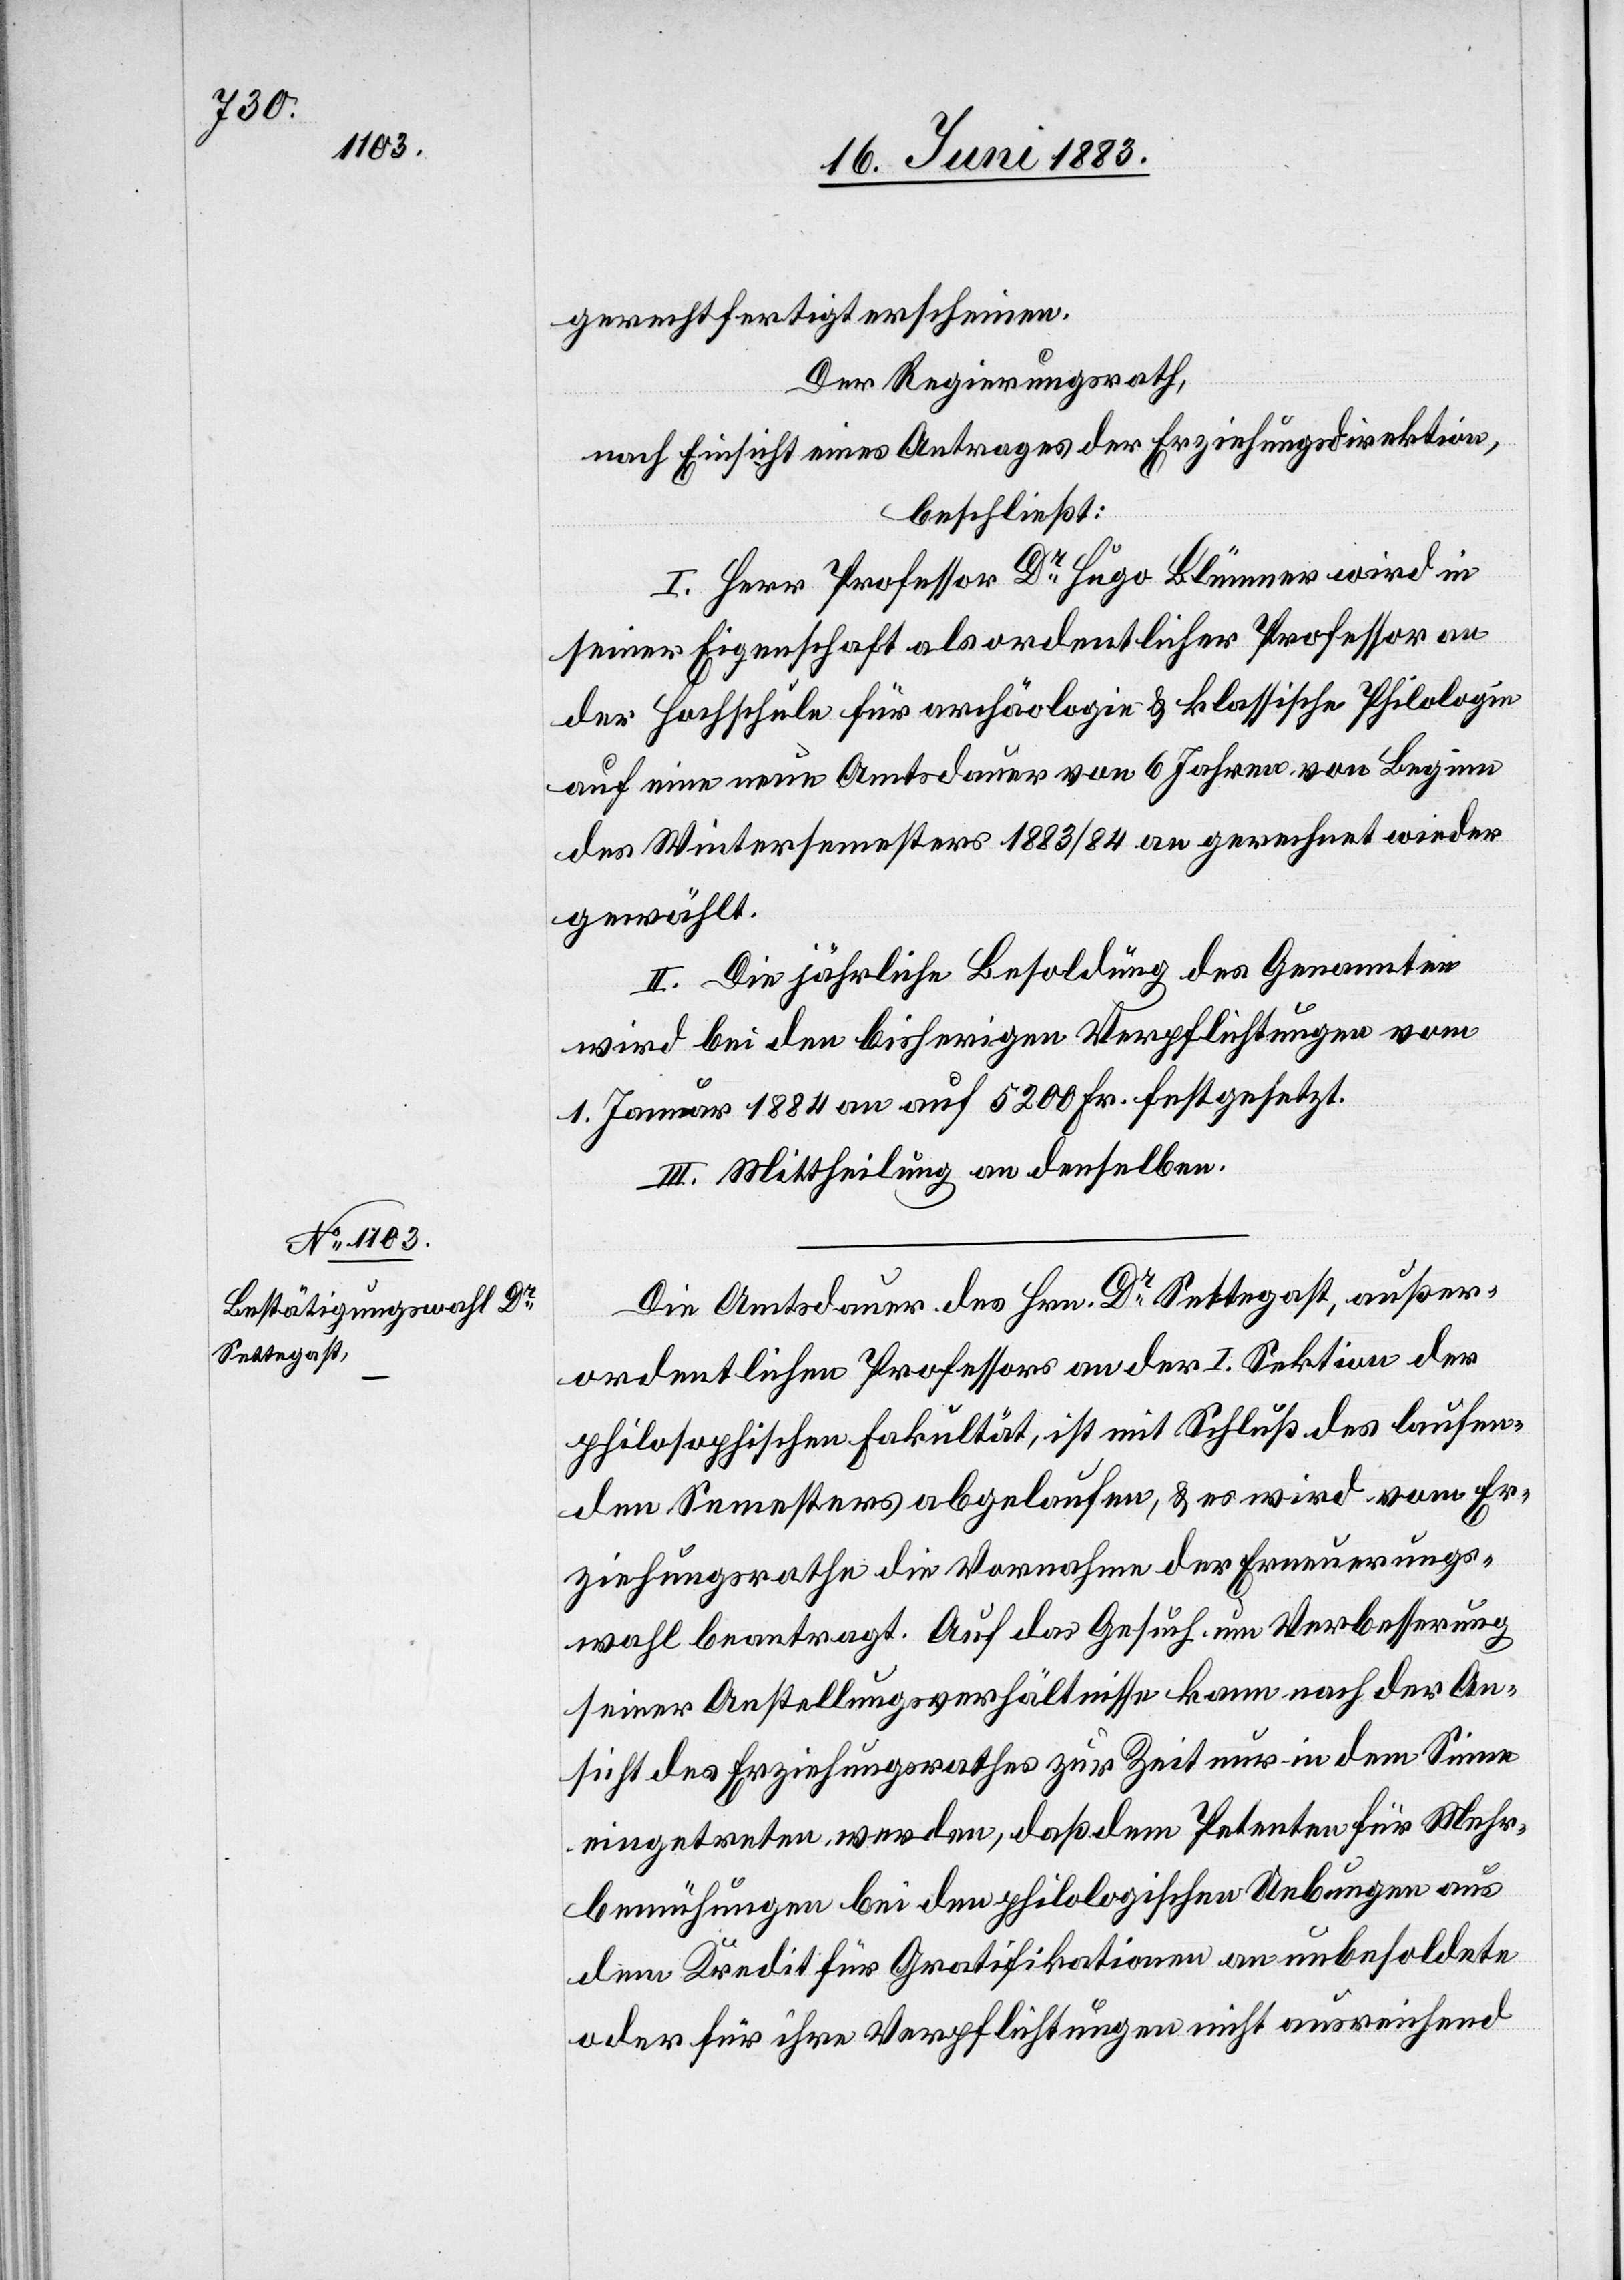
gerechtfertigt erscheinen.
Der Regierungsrath,
nach Einsicht eines Antrages der Erziehungsdirektion,
beschließt:
I. Herr Professor Dr Blümer wird in
seiner Eigenschaft als ordentlicher Professor an
der Hochschule für archäologie [sic!] & klassische Philologie
auf eine neue Amtsdauer von 6 Jahren von Beginn
des Wintersemesters 1883/84 an gerechnet wieder
gewählt.
II. Die jährliche Besoldung des Genannten
wird bei den bisherigen Verpflichtungen vom
1. Januar 1884 an auf 5200 Fr. festgesetzt.
III. Mittheilung an denselben.
Die Amtsdauer des Hrn. Dr Settegast, außer¬
ordentlicher Professor an der I. Sektion der
philosophischen Fakultät, ist mit Schluß des laufen¬
den Semesters abgelaufen, & es wird vom Er¬
ziehungsrathe die Vornahme der Erneuerungs¬
wahl beantragt. Auf das Gesuch um Verbesserung
seiner Anstellungsverhältnisse kann nach der An¬
sicht des Erziehungsrathes zur Zeit nur in dem Sinne
eingetreten werden, daß dem Petenten für Mehr¬
bemühungen bei den philologischen Uebungen aus
dem Kredit für Gratifikationen an unbesoldete
oder für ihre Verpflichtungen nicht ausreichend